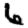
Digit: 6